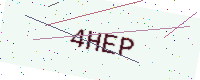
Text: 4HEP